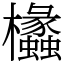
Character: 欚